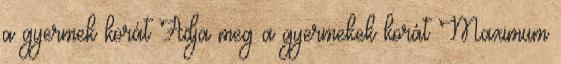
a gyermek korát Adja meg a gyermekek korát Maximum